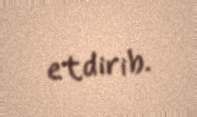
etdirib.